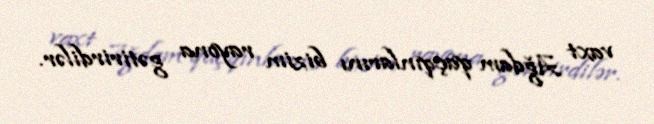
vaxt Ağdam qaçqınlarını bizim rayona gətirirdilər.